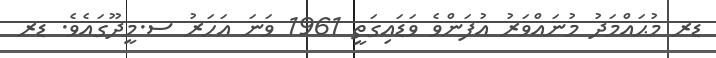
ޑރ މުޙައްމަދު މުނައްވަރު އުފަންވެ ވަޑައިގަތީ 1961 ވަނަ އަހަރު ސ.މީދޫގައެވެ. ޑރ